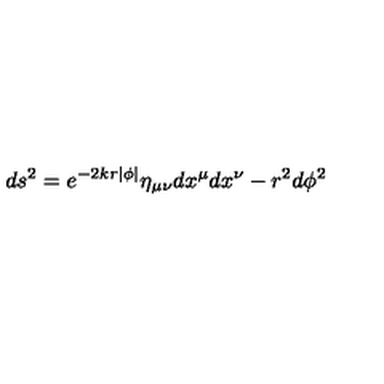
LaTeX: d s ^ { 2 } = e ^ { - 2 k r | \phi | } \eta _ { \mu \nu } d x ^ { \mu } d x ^ { \nu } - r ^ { 2 } d \phi ^ { 2 }